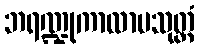
ဘရဏ္ဍုကာလာမသုတ္တံ